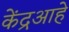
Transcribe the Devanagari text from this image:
केंद्रआहे